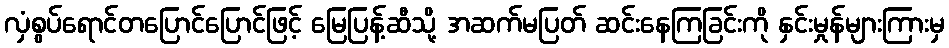
လှံစွပ်ရောင်တပြောင်ပြောင်ဖြင့် မြေပြန့်ဆီသို့ အဆက်မပြတ် ဆင်းနေကြခြင်းကို နှင်းမှုန်များကြားမှ